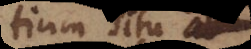
partium situ ad